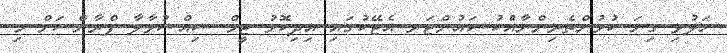
ހަލުވި ގިނަ ކުޅުންތެރިންނާއެުކު ކައުންޓަރ އެޓޭކުގައި އިދިކޮޅު ޓީމް ސިއްސުވާލާ ފްރާންސަށް މި